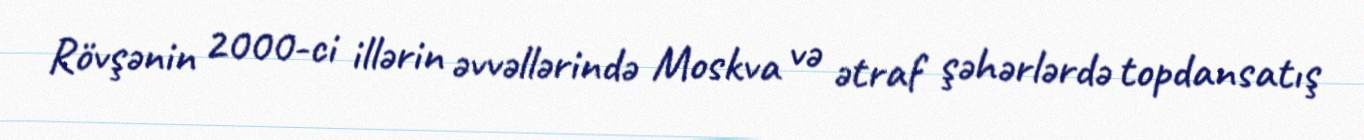
Rövşənin 2000-ci illərin əvvəllərində Moskva və ətraf şəhərlərdə topdansatış